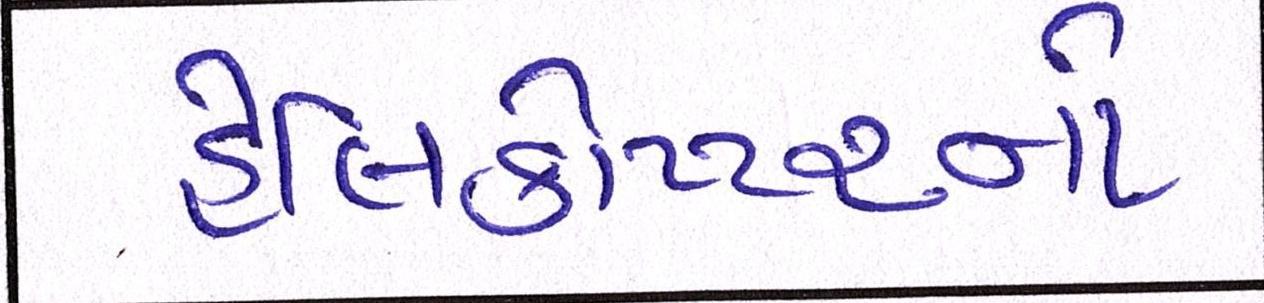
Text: હેલિકોપ્ટરનો